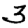
Digit: 3